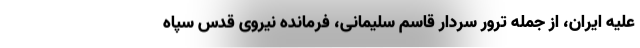
علیه ایران، از جمله ترور سردار قاسم سلیمانی، فرمانده نیروی قدس سپاه